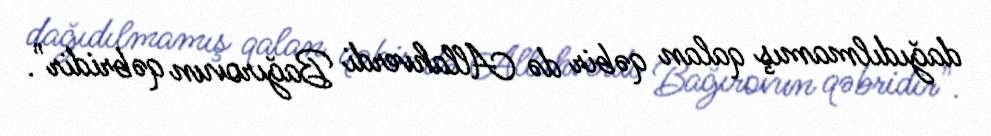
dağıdılmamış qalan qəbir də Allahverdi Bağırovun qəbridir".